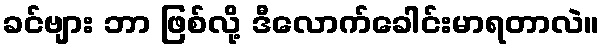
ခင်ဗျား ဘာ ဖြစ်လို့ ဒီလောက်ခေါင်းမာရတာလဲ။